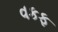
વકફ